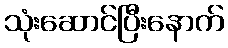
သုံးဆောင်ပြီးနောက်